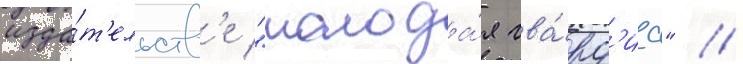
изда́т'ельств'е "молода́я гва́рд'иа" //